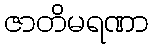
ဇာတိမရဏာ